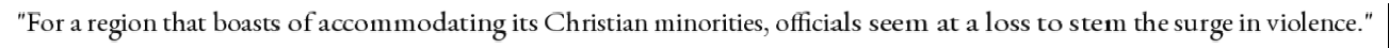
"For a region that boasts of accommodating its Christian minorities, officials seem at a loss to stem the surge in violence."